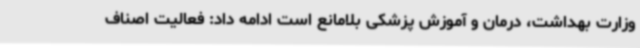
وزارت بهداشت، درمان و آموزش پزشکی بلامانع است ادامه داد: فعالیت اصناف